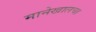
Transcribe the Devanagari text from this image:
मानेखालचा